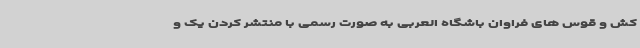
کش و قوس های فراوان باشگاه العربی به صورت رسمی با منتشر کردن یک و